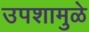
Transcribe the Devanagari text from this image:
उपशामुळे